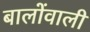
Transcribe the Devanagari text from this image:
बालोंवाली